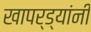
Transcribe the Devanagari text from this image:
खापर्ड्यांनी